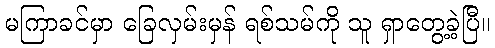
မကြာခင်မှာ ခြေလှမ်းမှန် ရစ်သမ်ကို သူ ရှာတွေ့ခဲ့ပြီ။